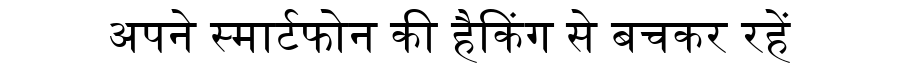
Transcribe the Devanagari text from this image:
अपने स्मार्टफोन की हैकिंग से बचकर रहें